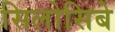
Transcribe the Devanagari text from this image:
सिलोसिबे